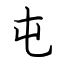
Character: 屯